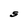
Character: S